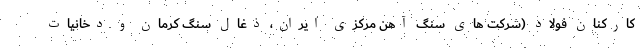
کارکنان فولاد (شرکت های سنگ آهن مرکزی ایران، ذغال سنگ کرمان و دخانیات